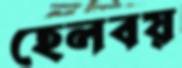
হেলবয়